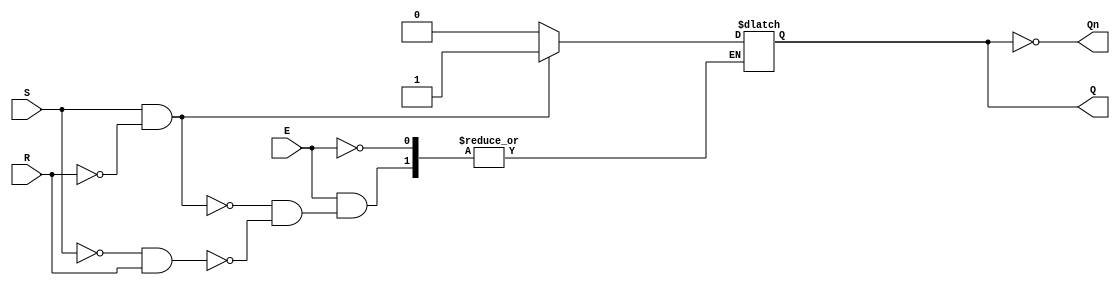
module GatedSRLatch (
    input wire S,      // Set input
    input wire R,      // Reset input
    input wire E,      // Enable input
    output reg Q,      // Output Q
    output wire Qn     // Complementary output Q'
);

// Complementary output
assign Qn = ~Q;

// Always block to handle the gated latch functionality
always @(E or S or R) begin
    if (E) begin
        if (S && ~R) begin
            Q <= 1'b1;  // Set state
        end else if (~S && R) begin
            Q <= 1'b0;  // Reset state
        end
        // If S and R are both 1, maintain the previous state (no change)
    end
    // If E is low, maintain the previous state (no change)
end

endmodule